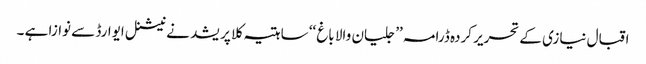
اقبال نیازی کے تحریر کردہ ڈرامہ ’’ جلیان والا باغ ‘‘ ساہتیہ کلا پریشد نے نیشنل ایوارڈ سے نوازا ہے ۔